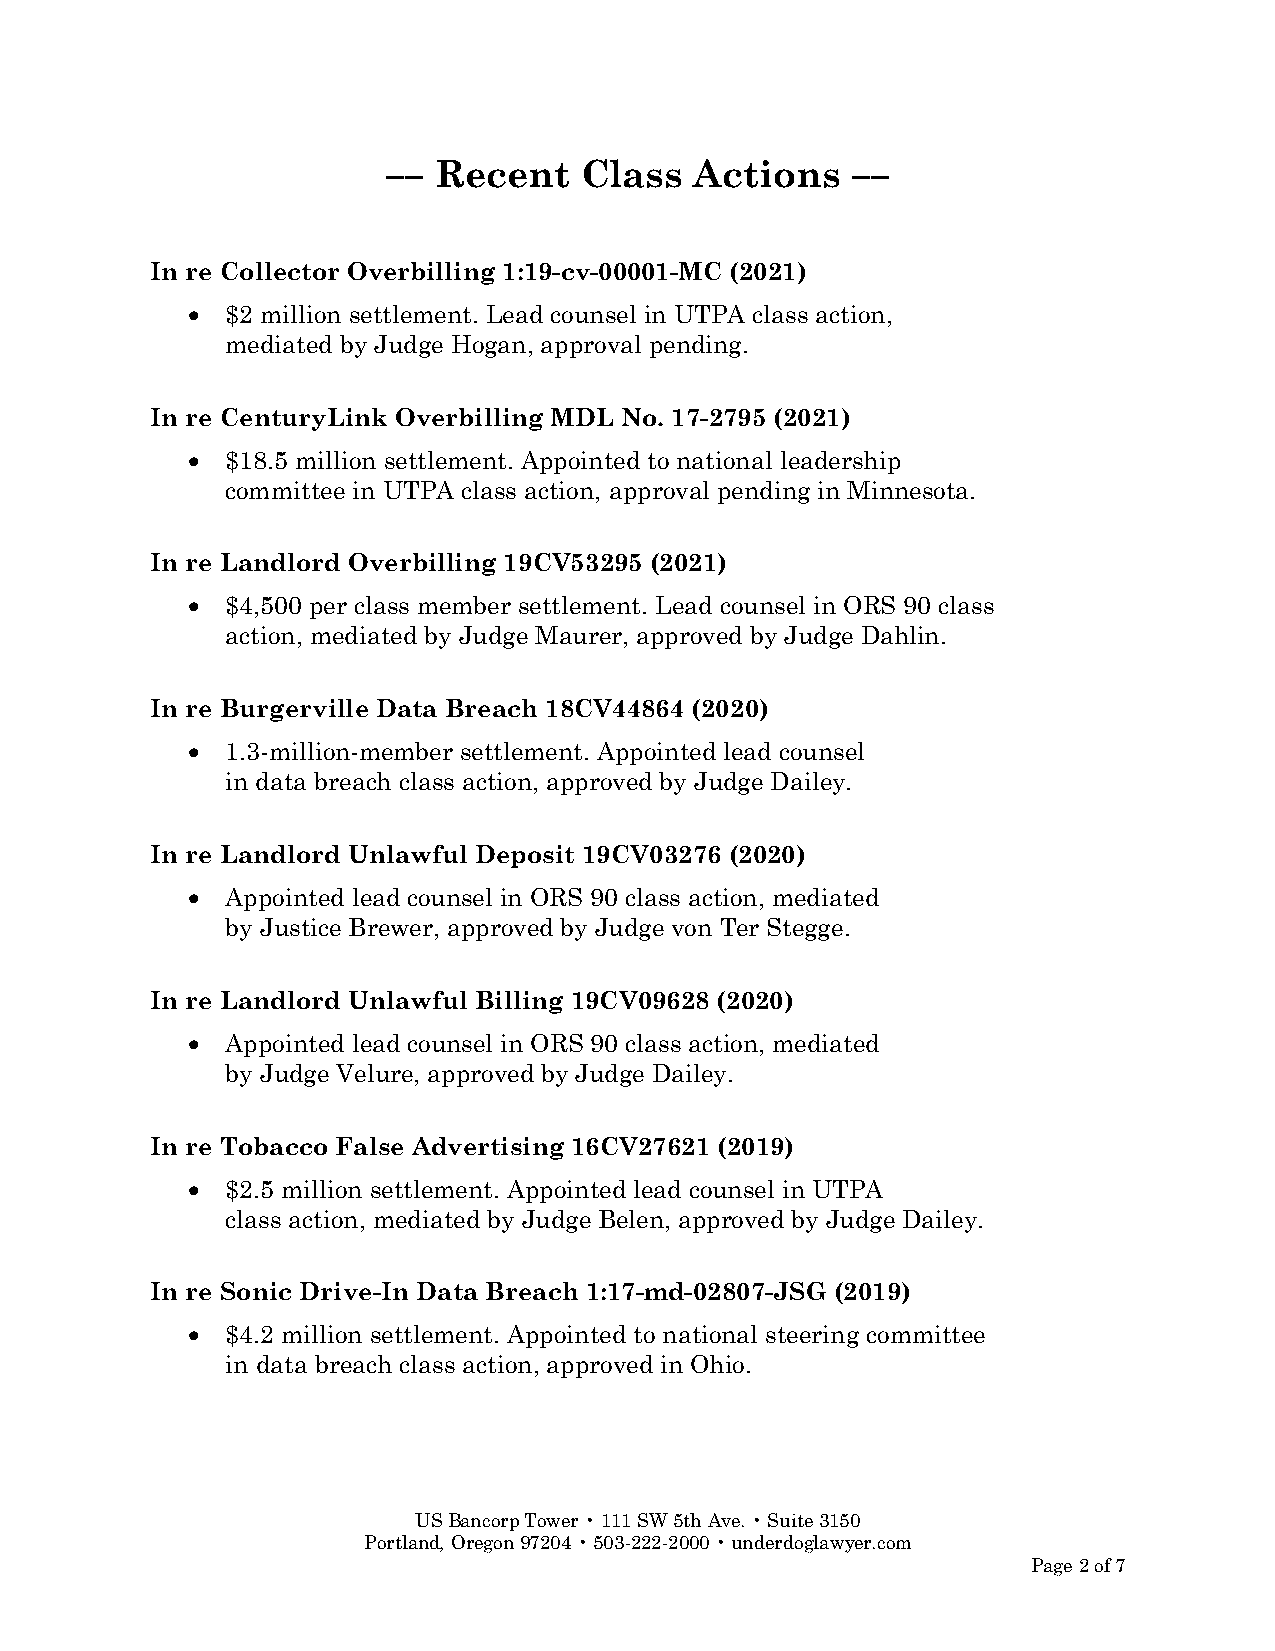
–– Recent   Class   Actions   ––
 In re Collector Overbilling 1:19-cv-00001-MC (2021)
 •  $2 million settlement. Lead counsel in UTPA class action,
 mediated by Judge Hogan, approval pending.
 In re CenturyLink Overbilling MDL No. 17-2795 (2021)
 •  $18.5 million settlement. Appointed to national leadership
 committee in UTPA class action, approval pending in Minnesota.
 In re Landlord Overbilling 19CV53295 (2021)
 •  $4,500 per class member settlement. Lead counsel in ORS 90 class
 action, mediated by Judge Maurer, approved by Judge Dahlin.
 In re Burgerville Data Breach 18CV44864 (2020)
 •  1.3-million-member settlement. Appointed lead counsel
 in data breach class action, approved by Judge Dailey.
 In re Landlord Unlawful Deposit 19CV03276 (2020)
 •  Appointed lead counsel in ORS 90 class action, mediated
 by Justice Brewer, approved by Judge von Ter Stegge.
 In re Landlord Unlawful Billing 19CV09628 (2020)
 •  Appointed lead counsel in ORS 90 class action, mediated
 by Judge Velure, approved by Judge Dailey.
 In re Tobacco False Advertising 16CV27621 (2019)
 •  $2.5 million settlement. Appointed lead counsel in UTPA
 class action, mediated by Judge Belen, approved by Judge Dailey.
 In re Sonic Drive-In Data Breach 1:17-md-02807-JSG (2019)
 •  $4.2 million settlement. Appointed to national steering committee
 in data breach class action, approved in Ohio.
 US Bancorp Tower • 111 SW 5th Ave. • Suite 3150
 Portland, Oregon 97204 • 503-222-2000 • underdoglawyer.com
 Page 2 of 7